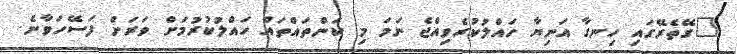
"ގޭތެރޭގައި ހިނގާ އަނިޔާ ހައްލުކުރެވިއްޖެ ނަމަ މި ކަންތައްތައް ހައްލުކުރުމަށް ވަރަށް ފަސޭހަވާނެ.